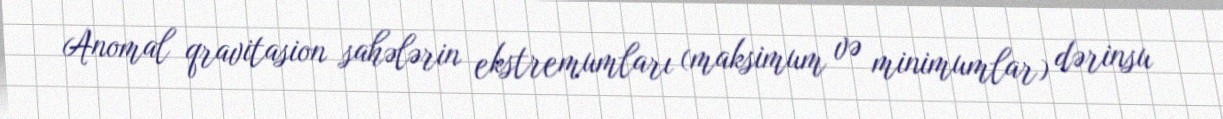
Anomal qravitasion sahələrin ekstremumları (maksimum və minimumlar) dərinsu